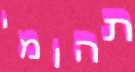
תהומי